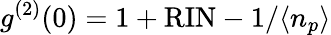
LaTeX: g^{(2)}(0)=1+\mathrm{RIN}-1/\langle n_{p}\rangle